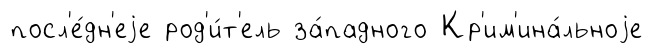
посл'е́дн'еjе род'и́т'ель за́падного Кр'им'ина́льноjе